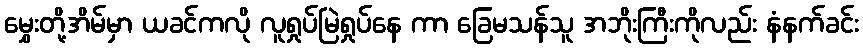
မွှေးတို့အိမ်မှာ ယခင်ကလို လူရှုပ်မြဲရှုပ်နေ ကာ ခြေမသန်သူ အဘိုးကြီးကိုလည်း နံနက်ခင်း